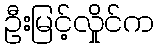
ဦးမြင့်လှိုင်က